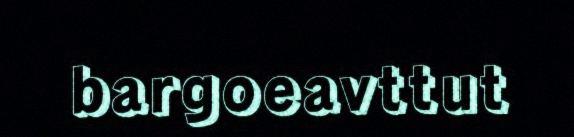
bargoeavttut